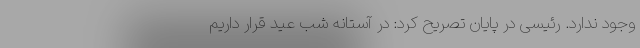
وجود ندارد. رئیسی در پایان تصریح کرد: در آستانه شب عید قرار داریم